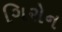
ગિરોન